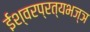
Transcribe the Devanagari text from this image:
ईश्वरप्रत्यभज्ञ